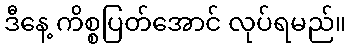
ဒီနေ့ ကိစ္စပြတ်အောင် လုပ်ရမည်။